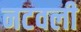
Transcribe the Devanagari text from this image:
नटवली